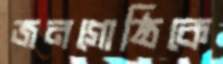
জনগোষ্ঠিকে